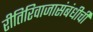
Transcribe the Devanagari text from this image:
रीतिरिवाजासंबंधीची